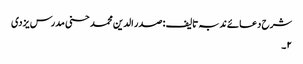
شرح دعائے ندبہ تالیف : صدر الدین محمد حسنی مدرس یزدی
۲۔